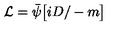
{ \cal L } = { \bar { \psi } } \bigl [ { i D \slash } - m \bigr ]